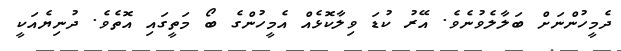
ދެމީހުންނަށް ބަލާލެވުނެވެ. އޭރު ކުޑަ ވިލާކޮޅެއް އެމީހުންގެ ބޯ މަތީގައި އޮތެވެ. ދުނިޔެއަކީ